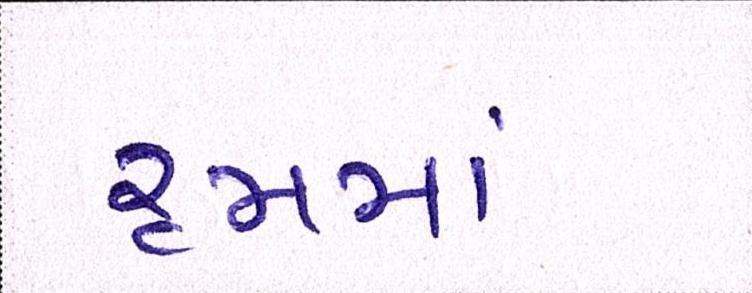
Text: રૃમમાં